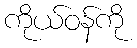
ကိုယ်ဝန်ကို